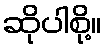
ဆိုပါစို့။